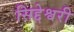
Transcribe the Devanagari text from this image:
सिद्देश्वरी